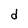
Character: d